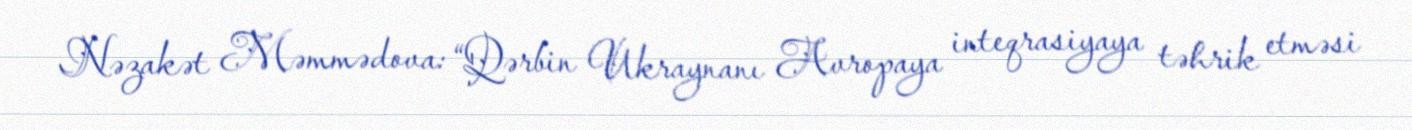
Nəzakət Məmmədova: “Qərbin Ukraynanı Avropaya inteqrasiyaya təhrik etməsi